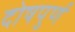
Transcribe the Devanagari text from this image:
दोषपुर्ण